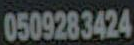
0509283424